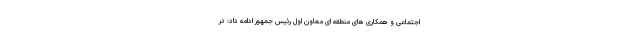
اجتماعی و همکاری های منطقه ای معاون اول رئیس جمهور ادامه داد: در